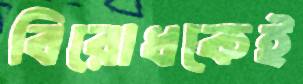
বিরোধকেই